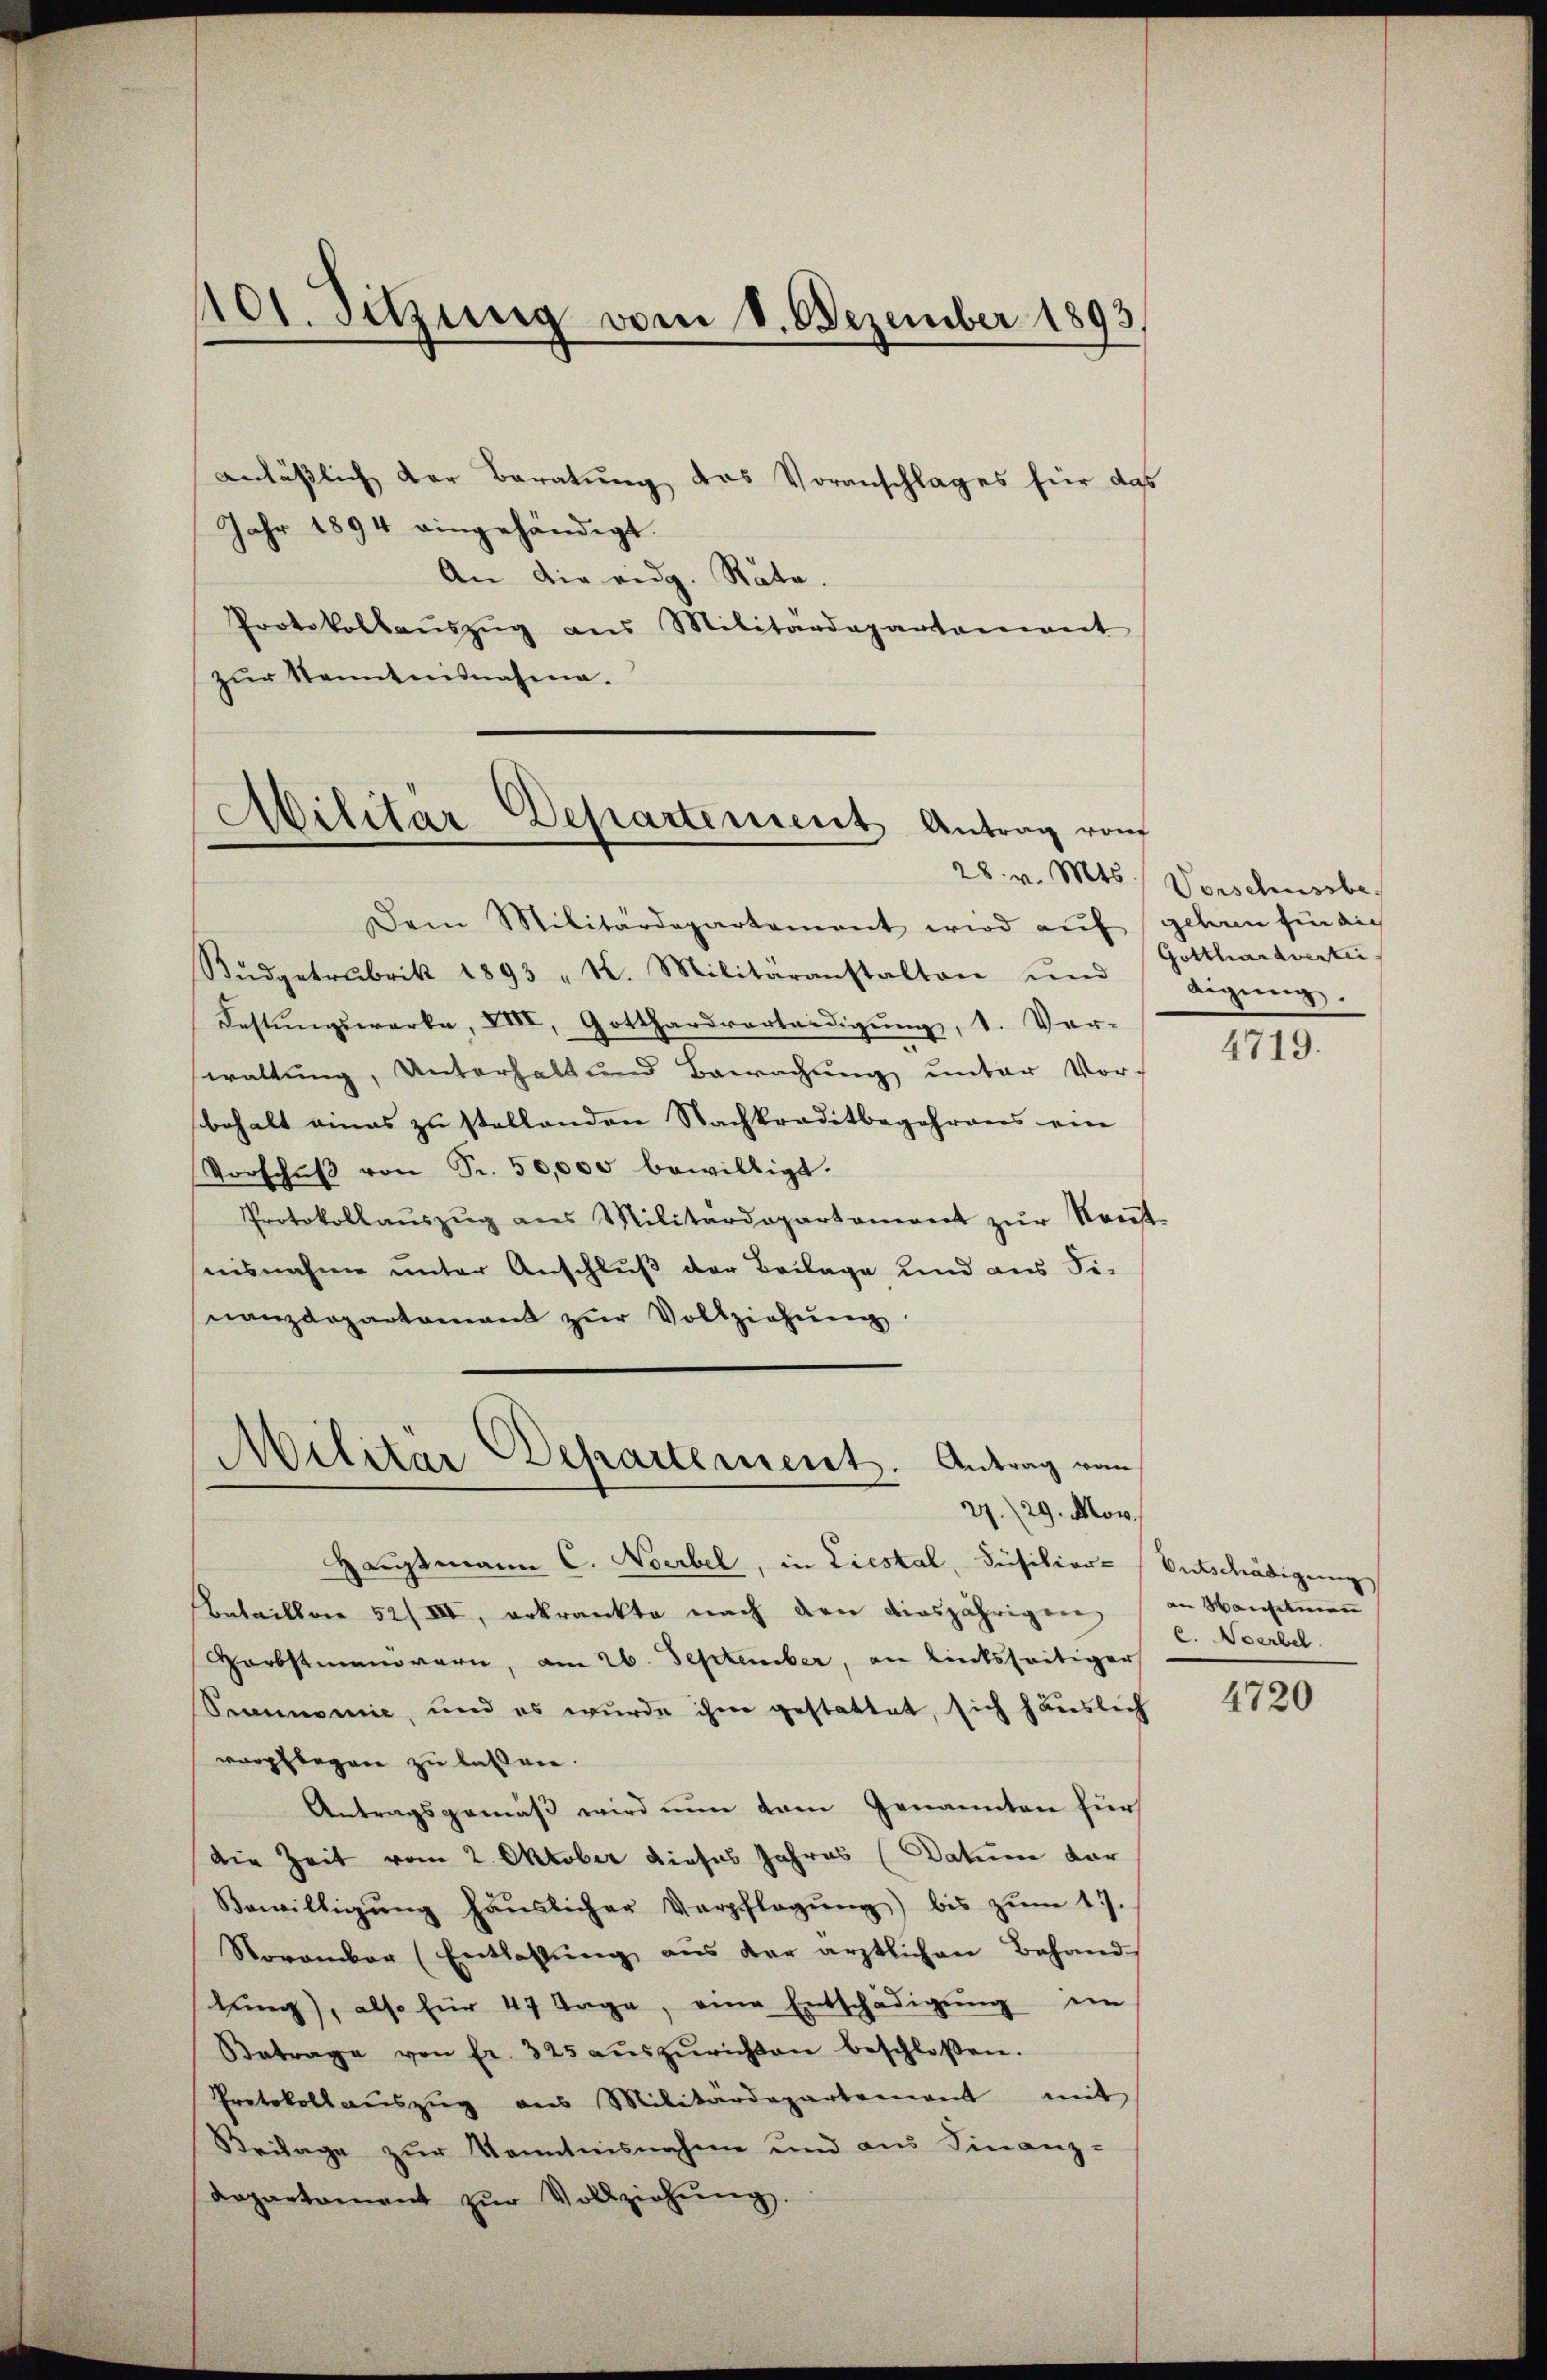
Not. Sitzung vom 8. Dezember 1893

anläβlich der Beratŭng das Voranschlages für das
Jahr 1894 eingehändigt.
An die eidg. Räte.
Protokollaŭszŭg aŭs Militärdepartamant
zŭr Kenntnisnahme.

Dem Militärdepartement wird aŭf geben für dich
Bŭdgetrubrik 1893 " K. Militäranstalten und
Festŭngswerke, XIII, Gotthardverteidigŭng, 1. Ver-
waltung, Unterhalt und Bewachung unter Vor-
behalt eines zu stellenden Nachkraditbegehrens ein
Vorschŭβ von Pr. 50,000 bewilligt.
Protokollaŭszŭg ans Militärdepartament zŭr Kreit-
nisnahme unter Anschluß der Beilage und aus Finanzdepartamant zŭr Vollziehŭng

Militär-Departement Antrag vom

Militär Departement. Antrag vom
27./29. Mor

Hauptmann C. Nocrbel, in Liestal, Füsition (Entschädigung,
Aetaillon 52/III, erkrankte nach den diesjährigen,
Harbstmanovern, am 26. September, an linksseitiger
Semmene, und es wurde ihm gestattet, sich häuslich
verpflegen zu lassen.
Antragsgemäß wird nun vom Genannten für
die Zeit vom 2. Oktober dieses Jahres (Datum dar
Bewilligŭng häŭslicher Verpflegŭng bis zŭm 17.
Novombar (Entlassŭng aus der ärztlichen Behand
lung), also für 47 Tage, eine Entschädigŭng im
Betrage von fr. 325 aŭszŭrichten beschloßen.
Protokollaŭszŭg aus Militärdepartement mit
Beilage zur Kenntnisnahme und aus Finanz-
Departament zŭr Vollziehung.

28. v. Mts. Vorschussbe
Gotthardvertei
digung.

4719.

an Manchenen
c. Neerbel

4720